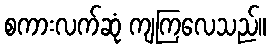
စကားလက်ဆုံ ကျကြလေသည်။